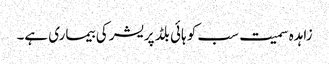
زاہدہ سمیت سب کو ہائی بلڈ پریشر کی بیماری ہے۔